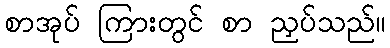
စာအုပ် ကြားတွင် စာ ညှပ်သည်။